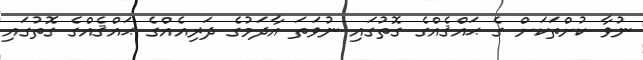
ނުވާ ކުށްތަކަށް ގެ ޙައްޤެއްގެ ގޮތުގައި ނުވަތަ އާދަމުގެ ދަރިއެއްގެ ޙައްޤެއްގެ ގޮތުގައި